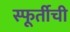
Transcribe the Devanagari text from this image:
स्फूर्तीची